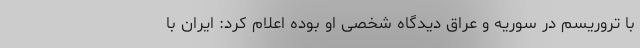
با تروریسم در سوریه و عراق دیدگاه شخصی او بوده اعلام کرد: ایران با